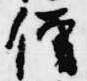
僧